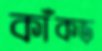
কাঁকড়